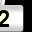
Digit: 2